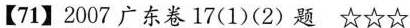
【71】2007广东卷17(1)(2)题☆☆☆